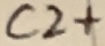
Text: C2+